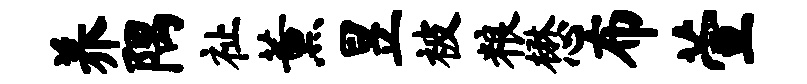
养隅祉薰昱被粮懋布萱